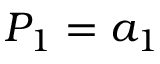
P _ { 1 } = a _ { 1 }